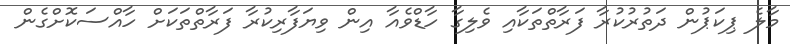
މާލެ ޕިކަޕުން ދަތުރުކުރާ ފަރާތްތަކާއި ވެލިގާ ހާޑްވެއާ އިން ވިޔަފާރިކުރާ ފަރާތްތަކަށް ހާއްސަކޮށްގެން